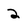
Character: 2